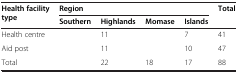
<table><thead><tr><td rowspan="2"><b>Health facility type</b></td><td colspan="4"><b>Region</b></td><td><b>Total</b></td></tr><tr><td><b>Southern</b></td><td><b>Highlands</b></td><td><b>Momase</b></td><td><b>Islands</b></td><td>[EMPTY_CELL]</td></tr></thead><tbody><tr><td>Health centre</td><td>[EMPTY_CELL]</td><td>11</td><td>[EMPTY_CELL]</td><td>7</td><td>41</td></tr><tr><td>Aid post</td><td>[EMPTY_CELL]</td><td>11</td><td>[EMPTY_CELL]</td><td>10</td><td>47</td></tr><tr><td>Total</td><td>[EMPTY_CELL]</td><td>22</td><td>18</td><td>17</td><td>88</td></tr></tbody></table>